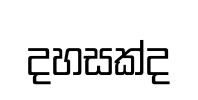
දහසක්ද